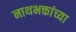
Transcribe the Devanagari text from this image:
नाथभक्तांच्या